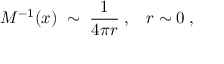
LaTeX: M ^ { - 1 } ( x ) \; \sim \; \frac { 1 } { 4 \pi r } \; , \; \; \; r \sim 0 \; ,